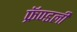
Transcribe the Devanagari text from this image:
फ्रॅण्डली